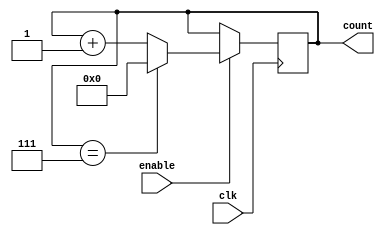
module ModuloN_Up_Counter (
    input wire clk,
    input wire enable,
    output reg [N-1:0] count
);

parameter N = 8; // Modulo-N value

always @ (posedge clk) begin
    if (enable) begin
        if (count == N-1) begin
            count <= 0;
        end else begin
            count <= count + 1;
        end
    end
end

endmodule